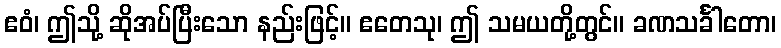
ဧဝံ၊ ဤသို့ ဆိုအပ်ပြီးသော နည်းဖြင့်။ ဧတေသု၊ ဤ သမယတို့တွင်။ ခဏသင်္ခါတော၊